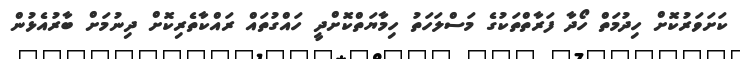
ކަށަވަރުކޮށް ހިދުމަތް ހޯދާ ފަރާތްތަކުގެ މަސްލަހަތު ހިމާޔަތްކޮށްދީ ހައްގުތައް ރައްކާތެރިކޮށް ދިނުމަށް ބާރުއެޅުން